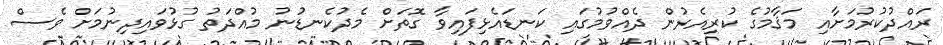
ރައްދުކުރުމަށާއި މަޤާމުގެ ކުރިއެރުން ދެއްވުމުގައި ކަނޑައެޅިފައިވާ ގޮތަށް މެދުކެނޑުނު މުއްދަތު ގުޅުވައިދިނުމަށް ވެސް